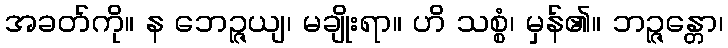
အခတ်ကို။ န ဘေဉ္ဇယျ၊ မချိုးရာ။ ဟိ သစ္စံ၊ မှန်၏။ ဘဉ္ဇန္တော၊